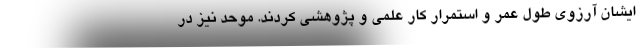
ایشان آرزوی طول عمر و استمرار کار علمی و پژوهشی کردند. موحد نیز در